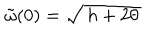
\: \tilde { \omega } ( 0 ) = \sqrt { \, h + 2 \theta \, } \: